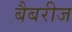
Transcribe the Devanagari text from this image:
बैबरीज